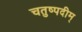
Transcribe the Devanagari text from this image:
चतुष्पदीम्